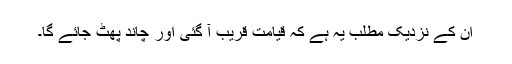
ان کے نزدیک مطلب یہ ہے کہ قیامت قریب آ گئی اور چاند پھٹ جائے گا۔